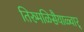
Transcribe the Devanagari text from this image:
तिरुमळिसैयाळ्वार्